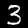
Label: 3